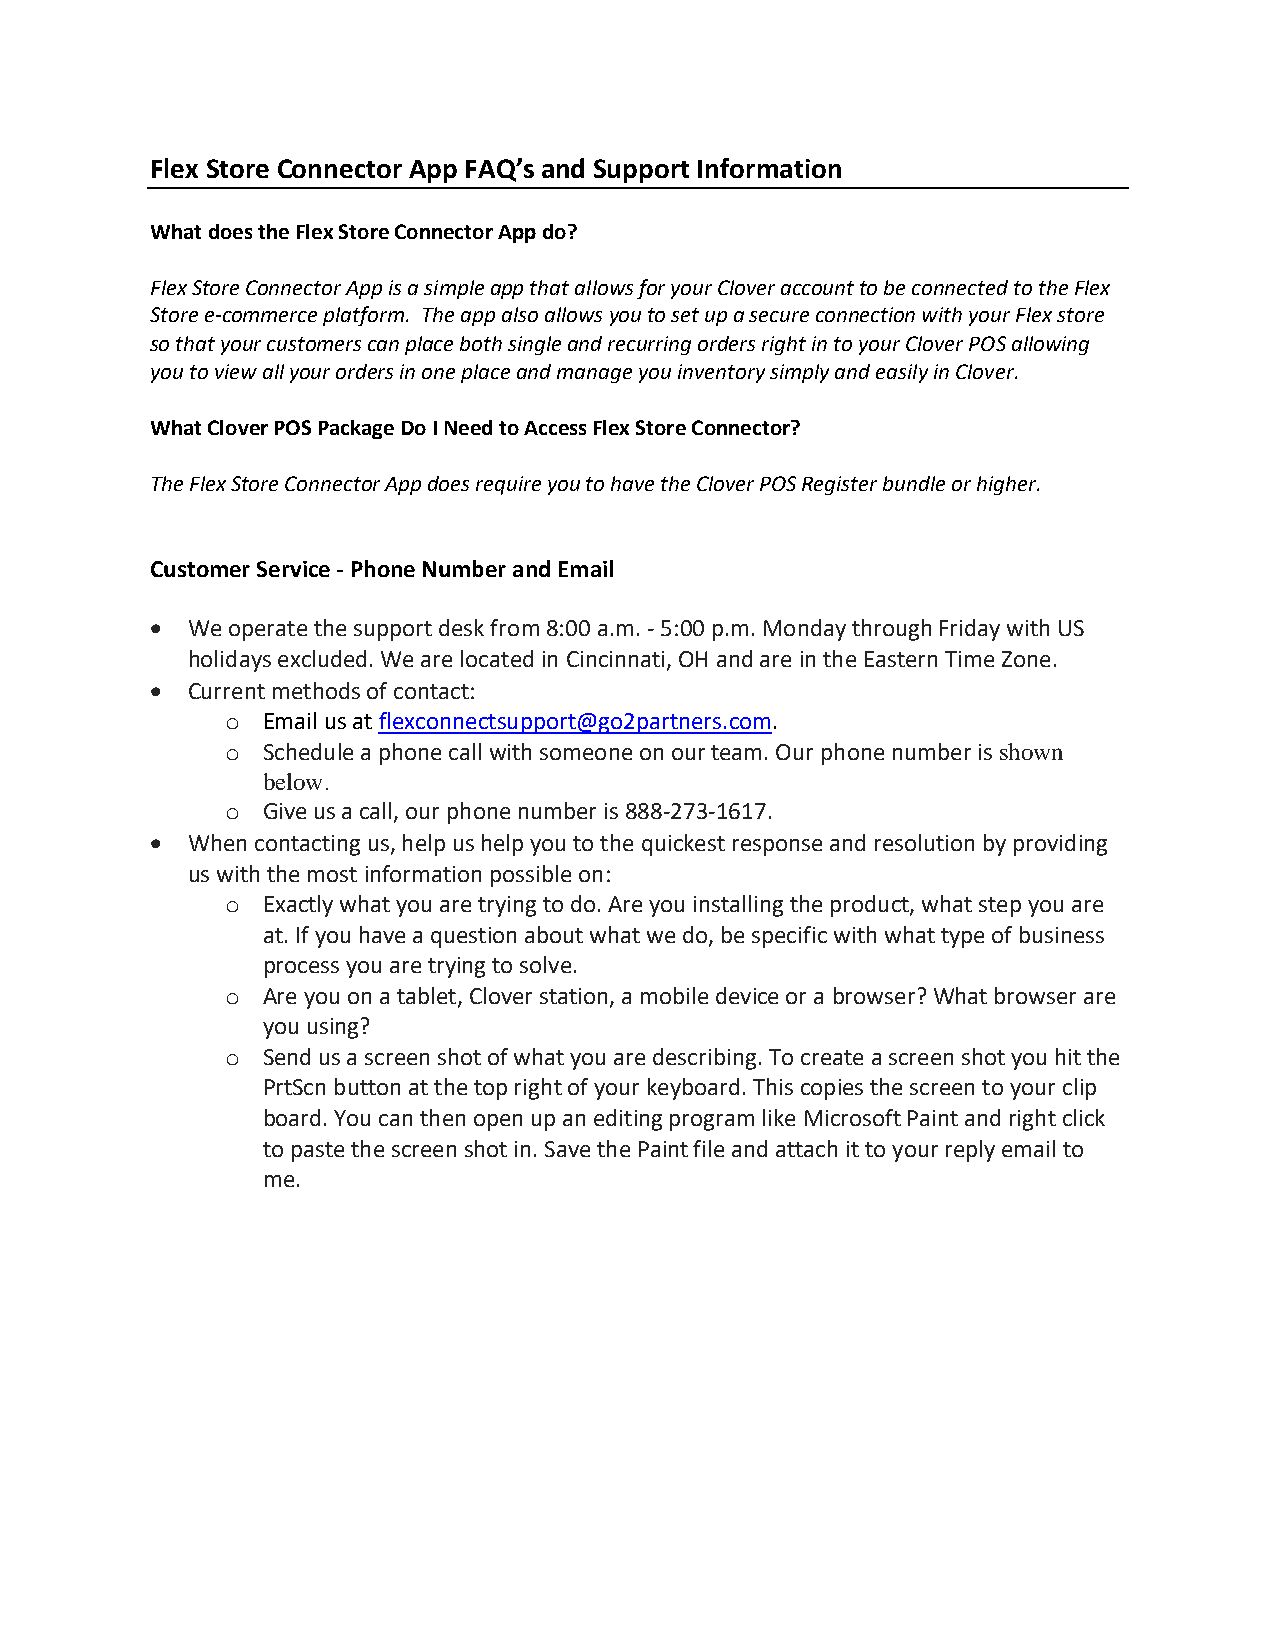
Flex Store Connector App FAQ’s and Support Information
 What does the Flex Store Connector App do?
 Flex Store Connector App is a simple app that allows for your Clover account to be connected to the Flex
 Store e-commerce platform. The app also allows you to set up a secure connection with your Flex store
 so that your customers can place both single and recurring orders right in to your Clover POS allowing
 you to view all your orders in one place and manage you inventory simply and easily in Clover.
 What Clover POS Package Do I Need to Access Flex Store Connector?
 The Flex Store Connector App does require you to have the Clover POS Register bundle or higher.
 Customer Service - Phone Number and Email
  We operate the support desk from 8:00 a.m. - 5:00 p.m. Monday through Friday with US
 holidays excluded. We are located in Cincinnati, OH and are in the Eastern Time Zone.
  Current methods of contact:
 o Email us at flexconnectsupport@go2partners.com.
 o Schedule a phone call with someone on our team. Our phone number is shown
 below.
 o Give us a call, our phone number is 888-273-1617.
  When contacting us, help us help you to the quickest response and resolution by providing
 us with the most information possible on:
 o Exactly what you are trying to do. Are you installing the product, what step you are
 at. If you have a question about what we do, be specific with what type of business
 process you are trying to solve.
 o Are you on a tablet, Clover station, a mobile device or a browser? What browser are
 you using?
 o Send us a screen shot of what you are describing. To create a screen shot you hit the
 PrtScn button at the top right of your keyboard. This copies the screen to your clip
 board. You can then open up an editing program like Microsoft Paint and right click
 to paste the screen shot in. Save the Paint file and attach it to your reply email to
 me.